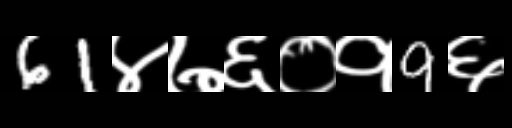
Text: 61४७६०१9६